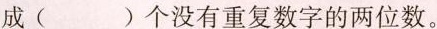
成( )个没有重复数字的两位数。